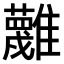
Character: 𩁝